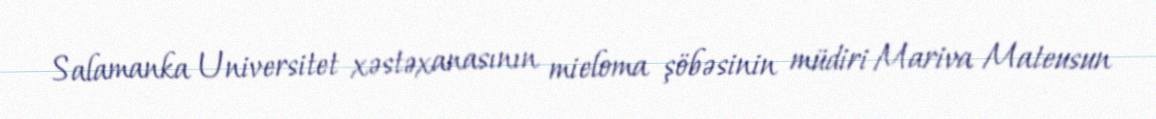
Salamanka Universitet xəstəxanasının mieloma şöbəsinin müdiri Mariva Mateusun